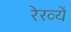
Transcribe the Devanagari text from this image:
रेख्यें